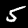
Label: 5